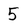
Character: 5